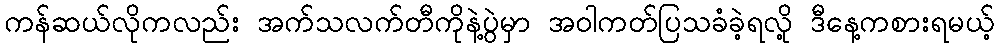
ကန်ဆယ်လိုကလည်း အက်သလက်တီကိုနဲ့ပွဲမှာ အဝါကတ်ပြသခံခဲ့ရလို့ ဒီနေ့ကစားရမယ့်